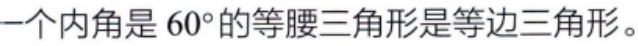
一个内角是 \(60^{\circ}\)的等腰三角形是等边三角形。